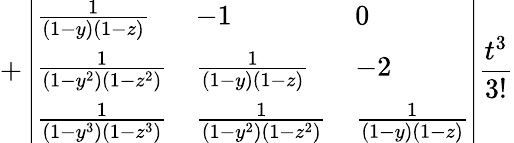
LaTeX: +\left|\begin{array}{lll}{\frac{1}{\left(1-y\right)\left(1-z\right)}}&{-1}&{0}\\ {\frac{1}{\left(1-y^{2}\right)\left(1-z^{2}\right)}}&{\frac{1}{\left(1-y\right)\left(1-z\right)}}&{-2}\\ {\frac{1}{\left(1-y^{3}\right)\left(1-z^{3}\right)}}&{\frac{1}{\left(1-y^{2}\right)\left(1-z^{2}\right)}}&{\frac{1}{\left(1-y\right)\left(1-z\right)}}\end{array}\right|\frac{t^{3}}{3!}